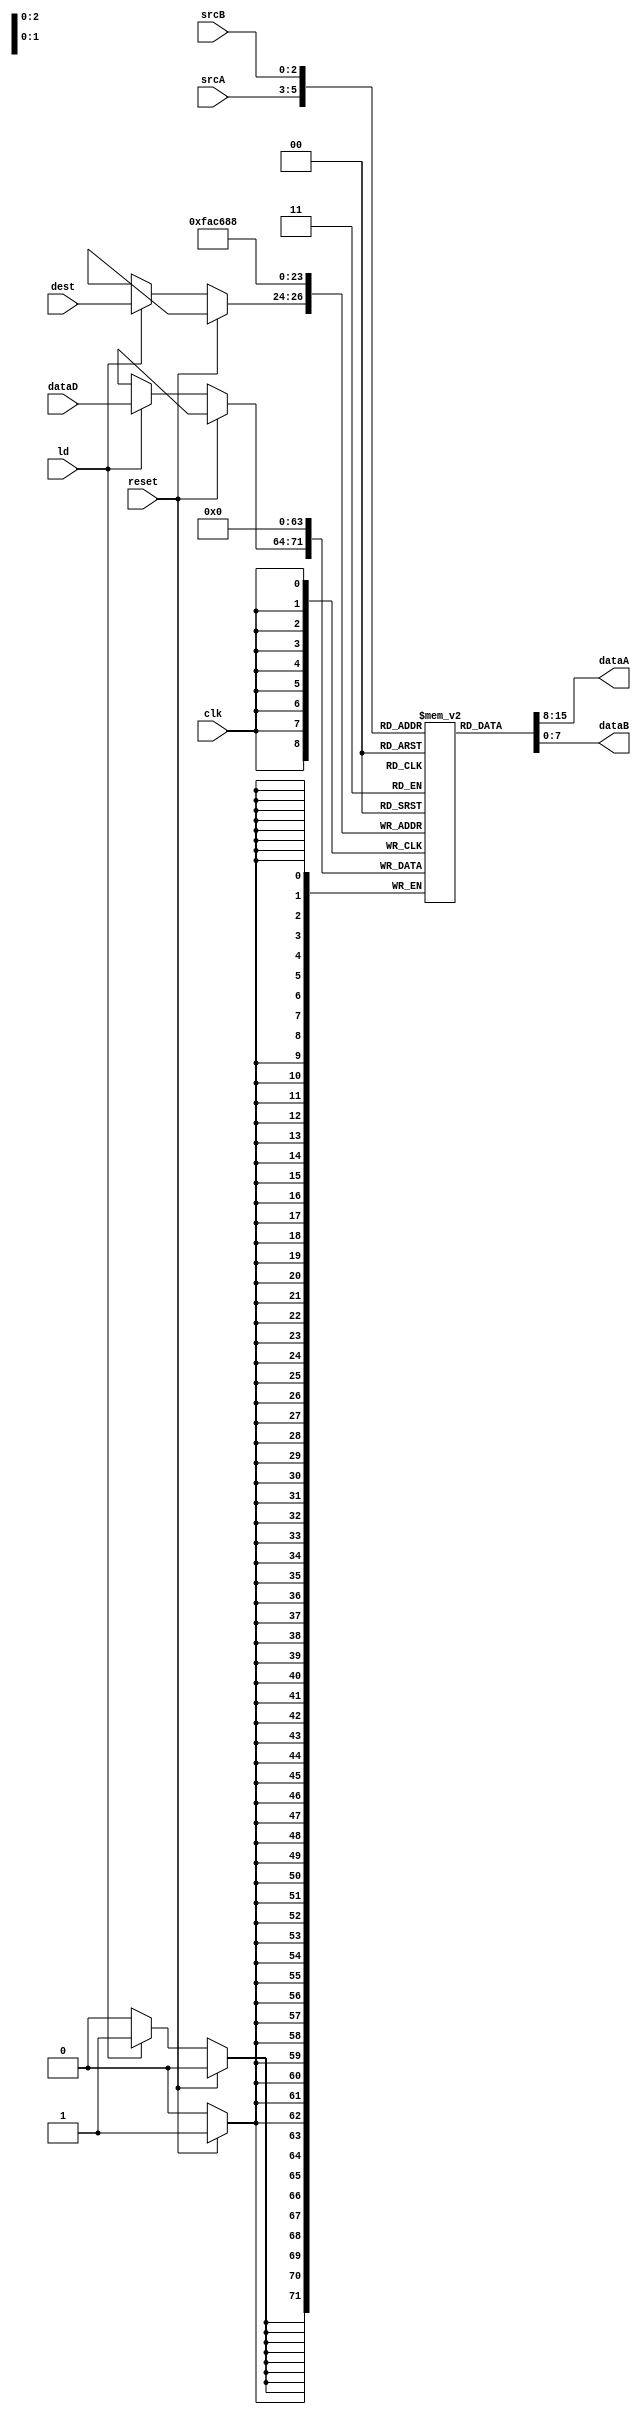
module registerFile(
	input clk,
	input ld,
	input reset,
	input [2:0] srcA,
	input [2:0] srcB,
	input [2:0] dest,
	input [7:0] dataD,
	output [7:0] dataA,
	output [7:0] dataB
);

reg [7:0] file [7:0];

assign dataA = file[srcA];
assign dataB = file[srcB];

always @(posedge clk) begin
	if(reset) begin
		file[0] <= 8'b0;
		file[1] <= 8'b0;
		file[2] <= 8'b0;
		file[3] <= 8'b0;
		file[4] <= 8'b0;
		file[5] <= 8'b0;
		file[6] <= 8'b0;
		file[7] <= 8'b0;
	end
	else if(ld) begin
		file[dest] <= dataD;
	end
end

endmodule